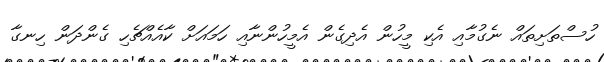
ހުސްތަށިތައް ނެގުމާއި އެކި މީހުން އެދިގެން އެމީހުންނާއި ހަމައަށް ކާއެއްޗެހި ގެންދަން ހިނގާ